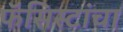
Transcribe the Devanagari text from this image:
फॅसिस्टांचा